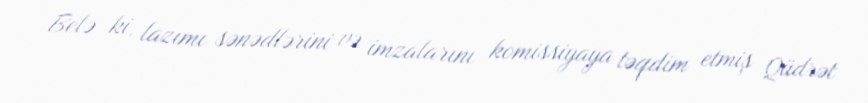
Belə ki, lazımı sənədlərini və imzalarını komissiyaya təqdim etmiş Qüdrət